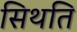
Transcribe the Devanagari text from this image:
सिथति